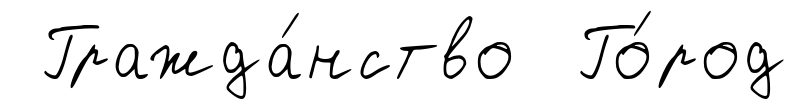
Гражда́нство Го́род